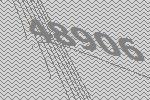
48906